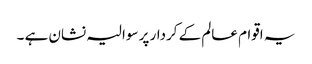
یہ اقوام عالم کے کردار پر سوالیہ نشان ہے ۔